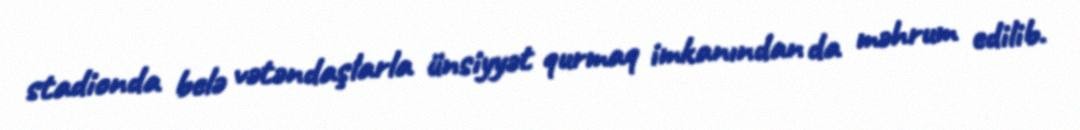
stadionda belə vətəndaşlarla ünsiyyət qurmaq imkanından da məhrum edilib.